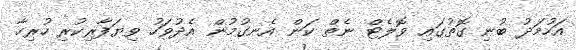
އަހުމަދު ބުނި ގޮތުގައި ވޮލެޓް ނެތް ކަން އެނގުމުން އެދުވަހު ވިޔަފާރިކުރި ހުރިހާ